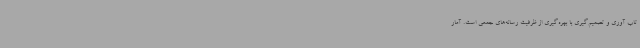
تاب آوری و تصمیم‌گیری با بهره‌گیری از ظرفیت رسانه‌های جمعی است. آمار